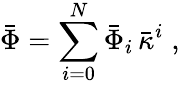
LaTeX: \bar{\Phi}=\sum_{i=0}^{N}\bar{\Phi}_{i}\, \bar{\kappa}^{i}\; ,